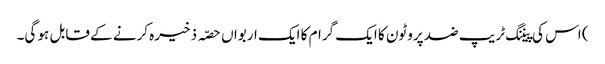
) اس کی پیننگ ٹریپ ضد پروٹون کا ایک گرام کا ایک اربواں حصّہ ذخیرہ کرنے کے قابل ہو گی۔